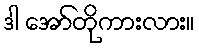
ဒါ အော်တိုကားလား။